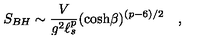
S _ { B H } \sim { \frac { V } { g ^ { 2 } \ell _ { s } ^ { p } } } ( \cosh \! \beta ) ^ { ( p - 6 ) / 2 } \quad ,